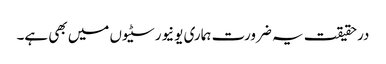
درحقیقت یہ ضرورت ہماری یونیورسٹیوں میں بھی ہے۔